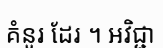
គំនូរ ដែរ ។ អវិជ្ជា